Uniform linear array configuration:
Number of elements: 16
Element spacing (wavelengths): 0.25
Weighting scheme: blackman
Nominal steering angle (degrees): -15
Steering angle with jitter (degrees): -16.442
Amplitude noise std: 0.05
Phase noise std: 0.05

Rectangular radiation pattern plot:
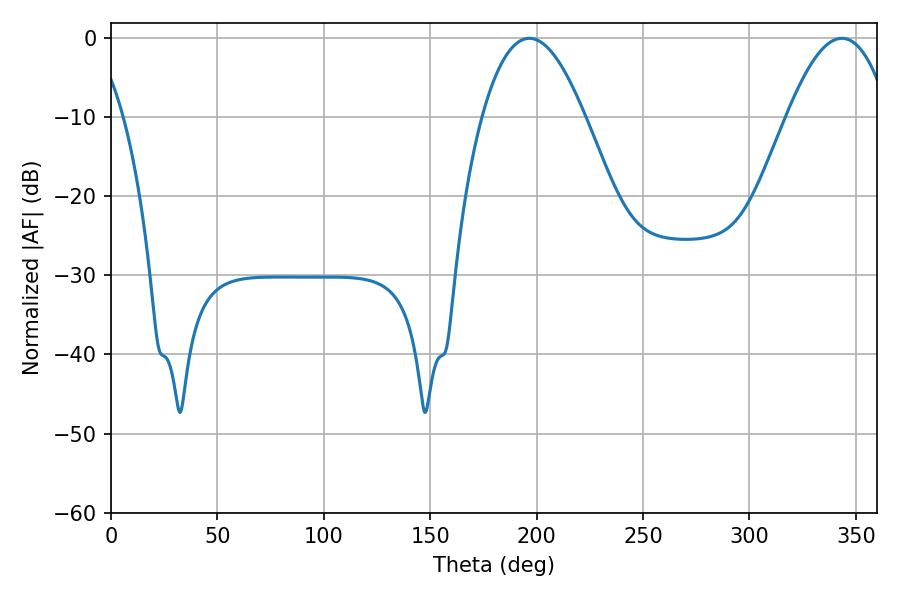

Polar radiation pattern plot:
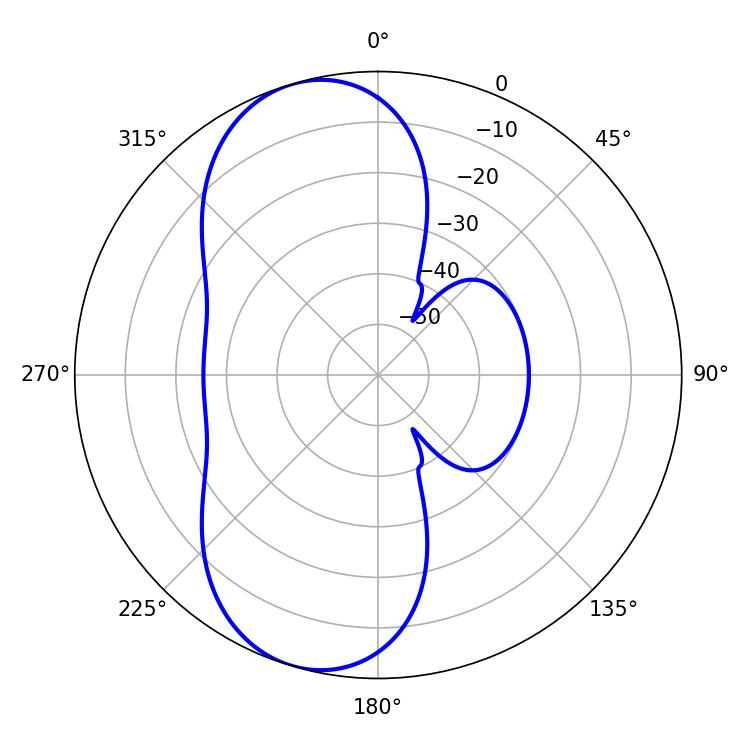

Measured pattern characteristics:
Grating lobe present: FALSE
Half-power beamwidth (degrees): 26.46
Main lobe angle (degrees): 196.56